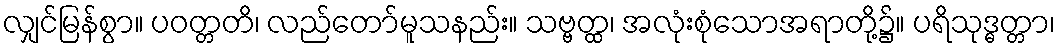
လျှင်မြန်စွာ။ ပဝတ္တတိ၊ လည်တော်မူသနည်း။ သဗ္ဗတ္ထ၊ အလုံးစုံသောအရာတို့၌။ ပရိသုဒ္ဓတ္တာ၊